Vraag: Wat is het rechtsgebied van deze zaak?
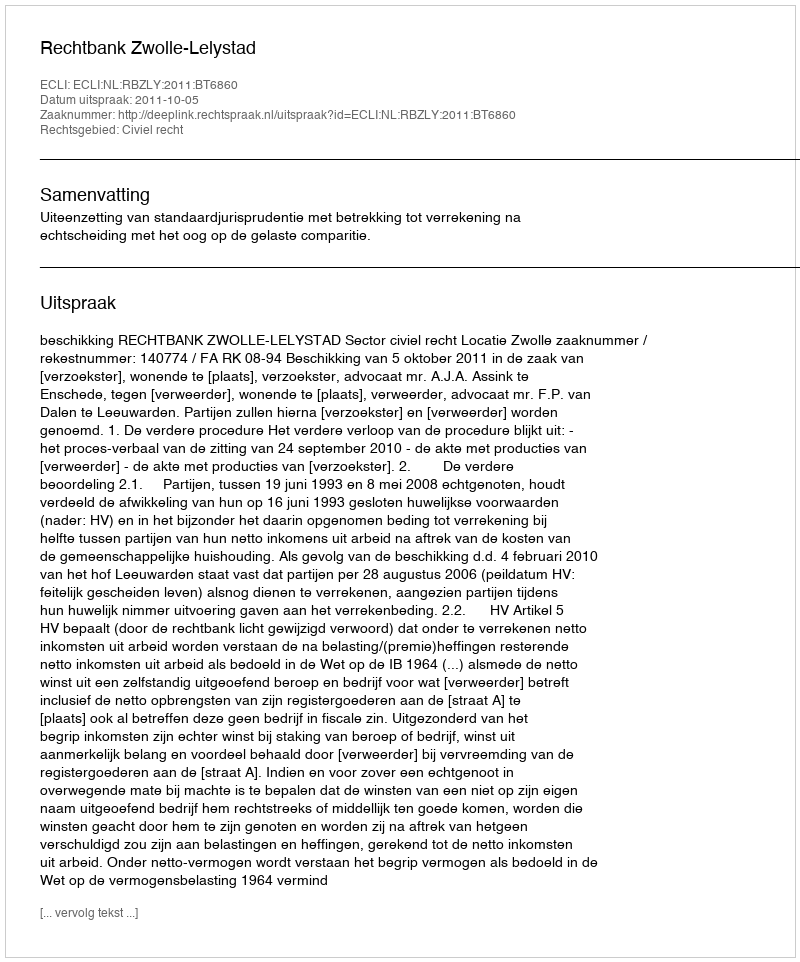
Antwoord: Civiel recht